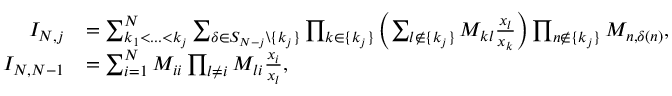
\begin{array} { r l } { I _ { N , j } } & { = \sum _ { k _ { 1 } < . . . < k _ { j } } ^ { N } \sum _ { \delta \in S _ { N - j } \backslash \{ k _ { j } \} } \prod _ { k \in \{ k _ { j } \} } \left( \sum _ { l \not \in \{ k _ { j } \} } M _ { k l } \frac { x _ { l } } { x _ { k } } \right) \prod _ { n \not \in \{ k _ { j } \} } M _ { n , \delta ( n ) } , } \\ { I _ { N , N - 1 } } & { = \sum _ { i = 1 } ^ { N } M _ { i i } \prod _ { l \neq i } M _ { l i } \frac { x _ { i } } { x _ { l } } , } \end{array}